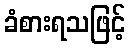
ခံစားရသဖြင့်